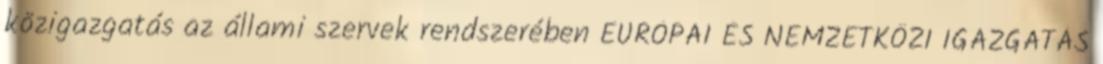
közigazgatás az állami szervek rendszerében EURÓPAI ÉS NEMZETKÖZI IGAZGATÁS